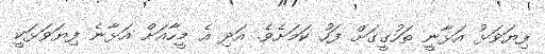
ފިޔަވަޅު އަޅާނީ ތަހުގީގަށް ފަހު ކަމަށެވެ. އަދި އެ މީހާއަށް އަޅާނެ ފިޔަވަޅަކީ